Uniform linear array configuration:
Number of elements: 48
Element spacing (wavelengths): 1
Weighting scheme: hamming
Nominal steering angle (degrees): -15
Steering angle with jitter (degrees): -16.191
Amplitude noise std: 0.05
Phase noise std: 0.05

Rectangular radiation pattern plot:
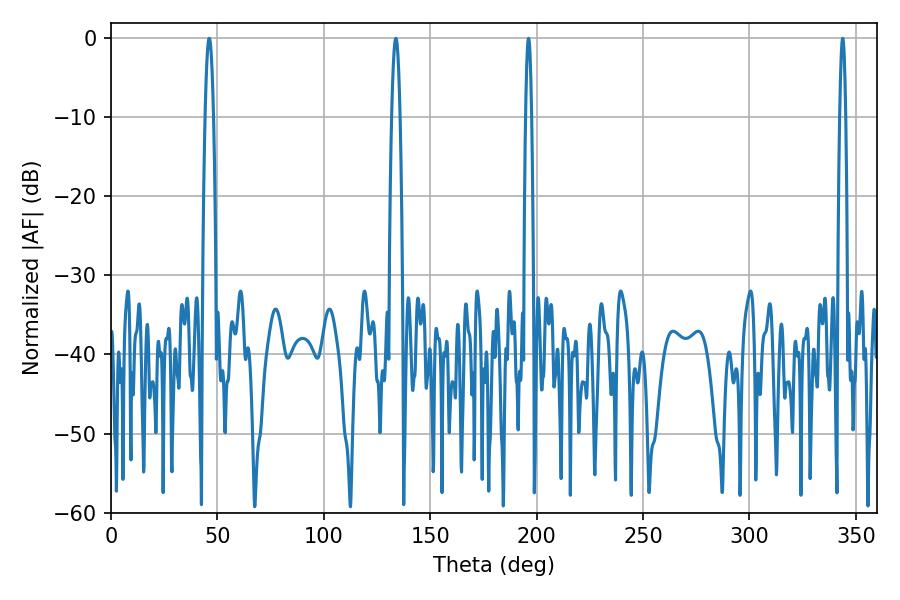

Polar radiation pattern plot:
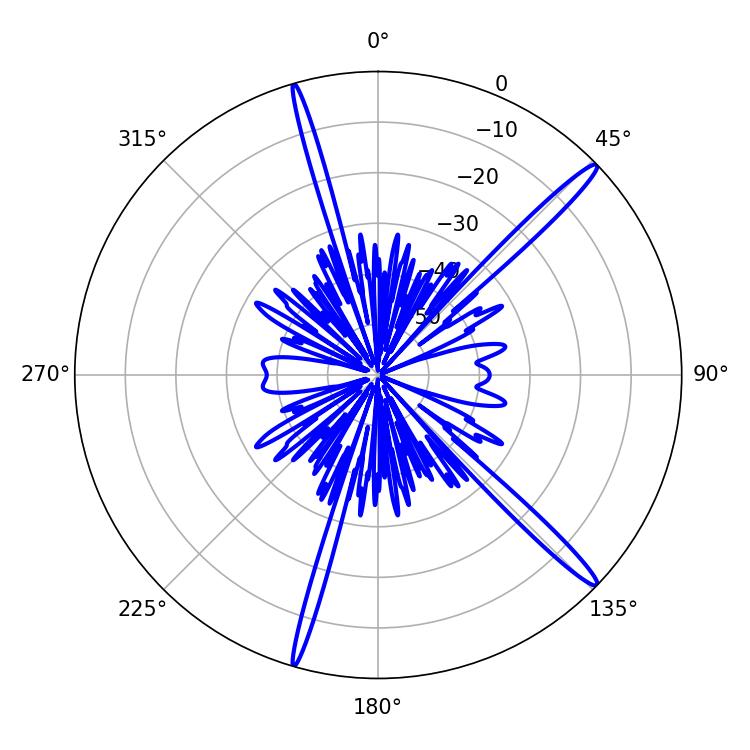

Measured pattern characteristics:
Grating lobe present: TRUE
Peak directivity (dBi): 16.661
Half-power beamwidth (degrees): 1.44
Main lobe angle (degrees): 343.8